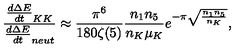
\frac { \frac { d \Delta E } { d t } _ { K K } } { \frac { d \Delta E } { d t } _ { n e u t } } \approx \frac { \pi ^ { 6 } } { 1 8 0 \zeta ( 5 ) } \frac { n _ { 1 } n _ { 5 } } { n _ { K } \mu _ { K } } e ^ { - \pi \sqrt { \frac { n _ { 1 } n _ { 5 } } { n _ { K } } } } ,